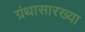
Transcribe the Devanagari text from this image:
ग्रंथासारख्या